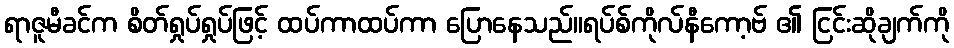
ရာဇူမီခင်က စိတ်ရှုပ်ရှုပ်ဖြင့် ထပ်ကာထပ်ကာ ပြောနေသည်။ရပ်စ်ကိုလ်နီကော့ဗ် ၏ ငြင်းဆိုချက်ကို